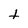
Character: t